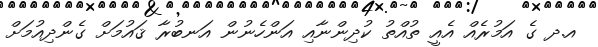
އ.ދ ގެ އަމުރެއް އެއީ ތުއްތު ކުދިންނާއި އަންހެނުން އަނބުރާ ޤައުމަށް ގެންދިއުމަށް